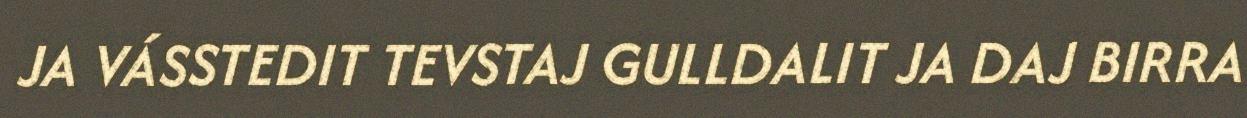
JA VÁSSTEDIT TEVSTAJ GULLDALIT JA DAJ BIRRA